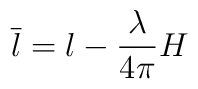
\overline{l} = l - {\lambda \over 4 \pi } H